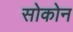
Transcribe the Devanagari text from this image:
सोकोन